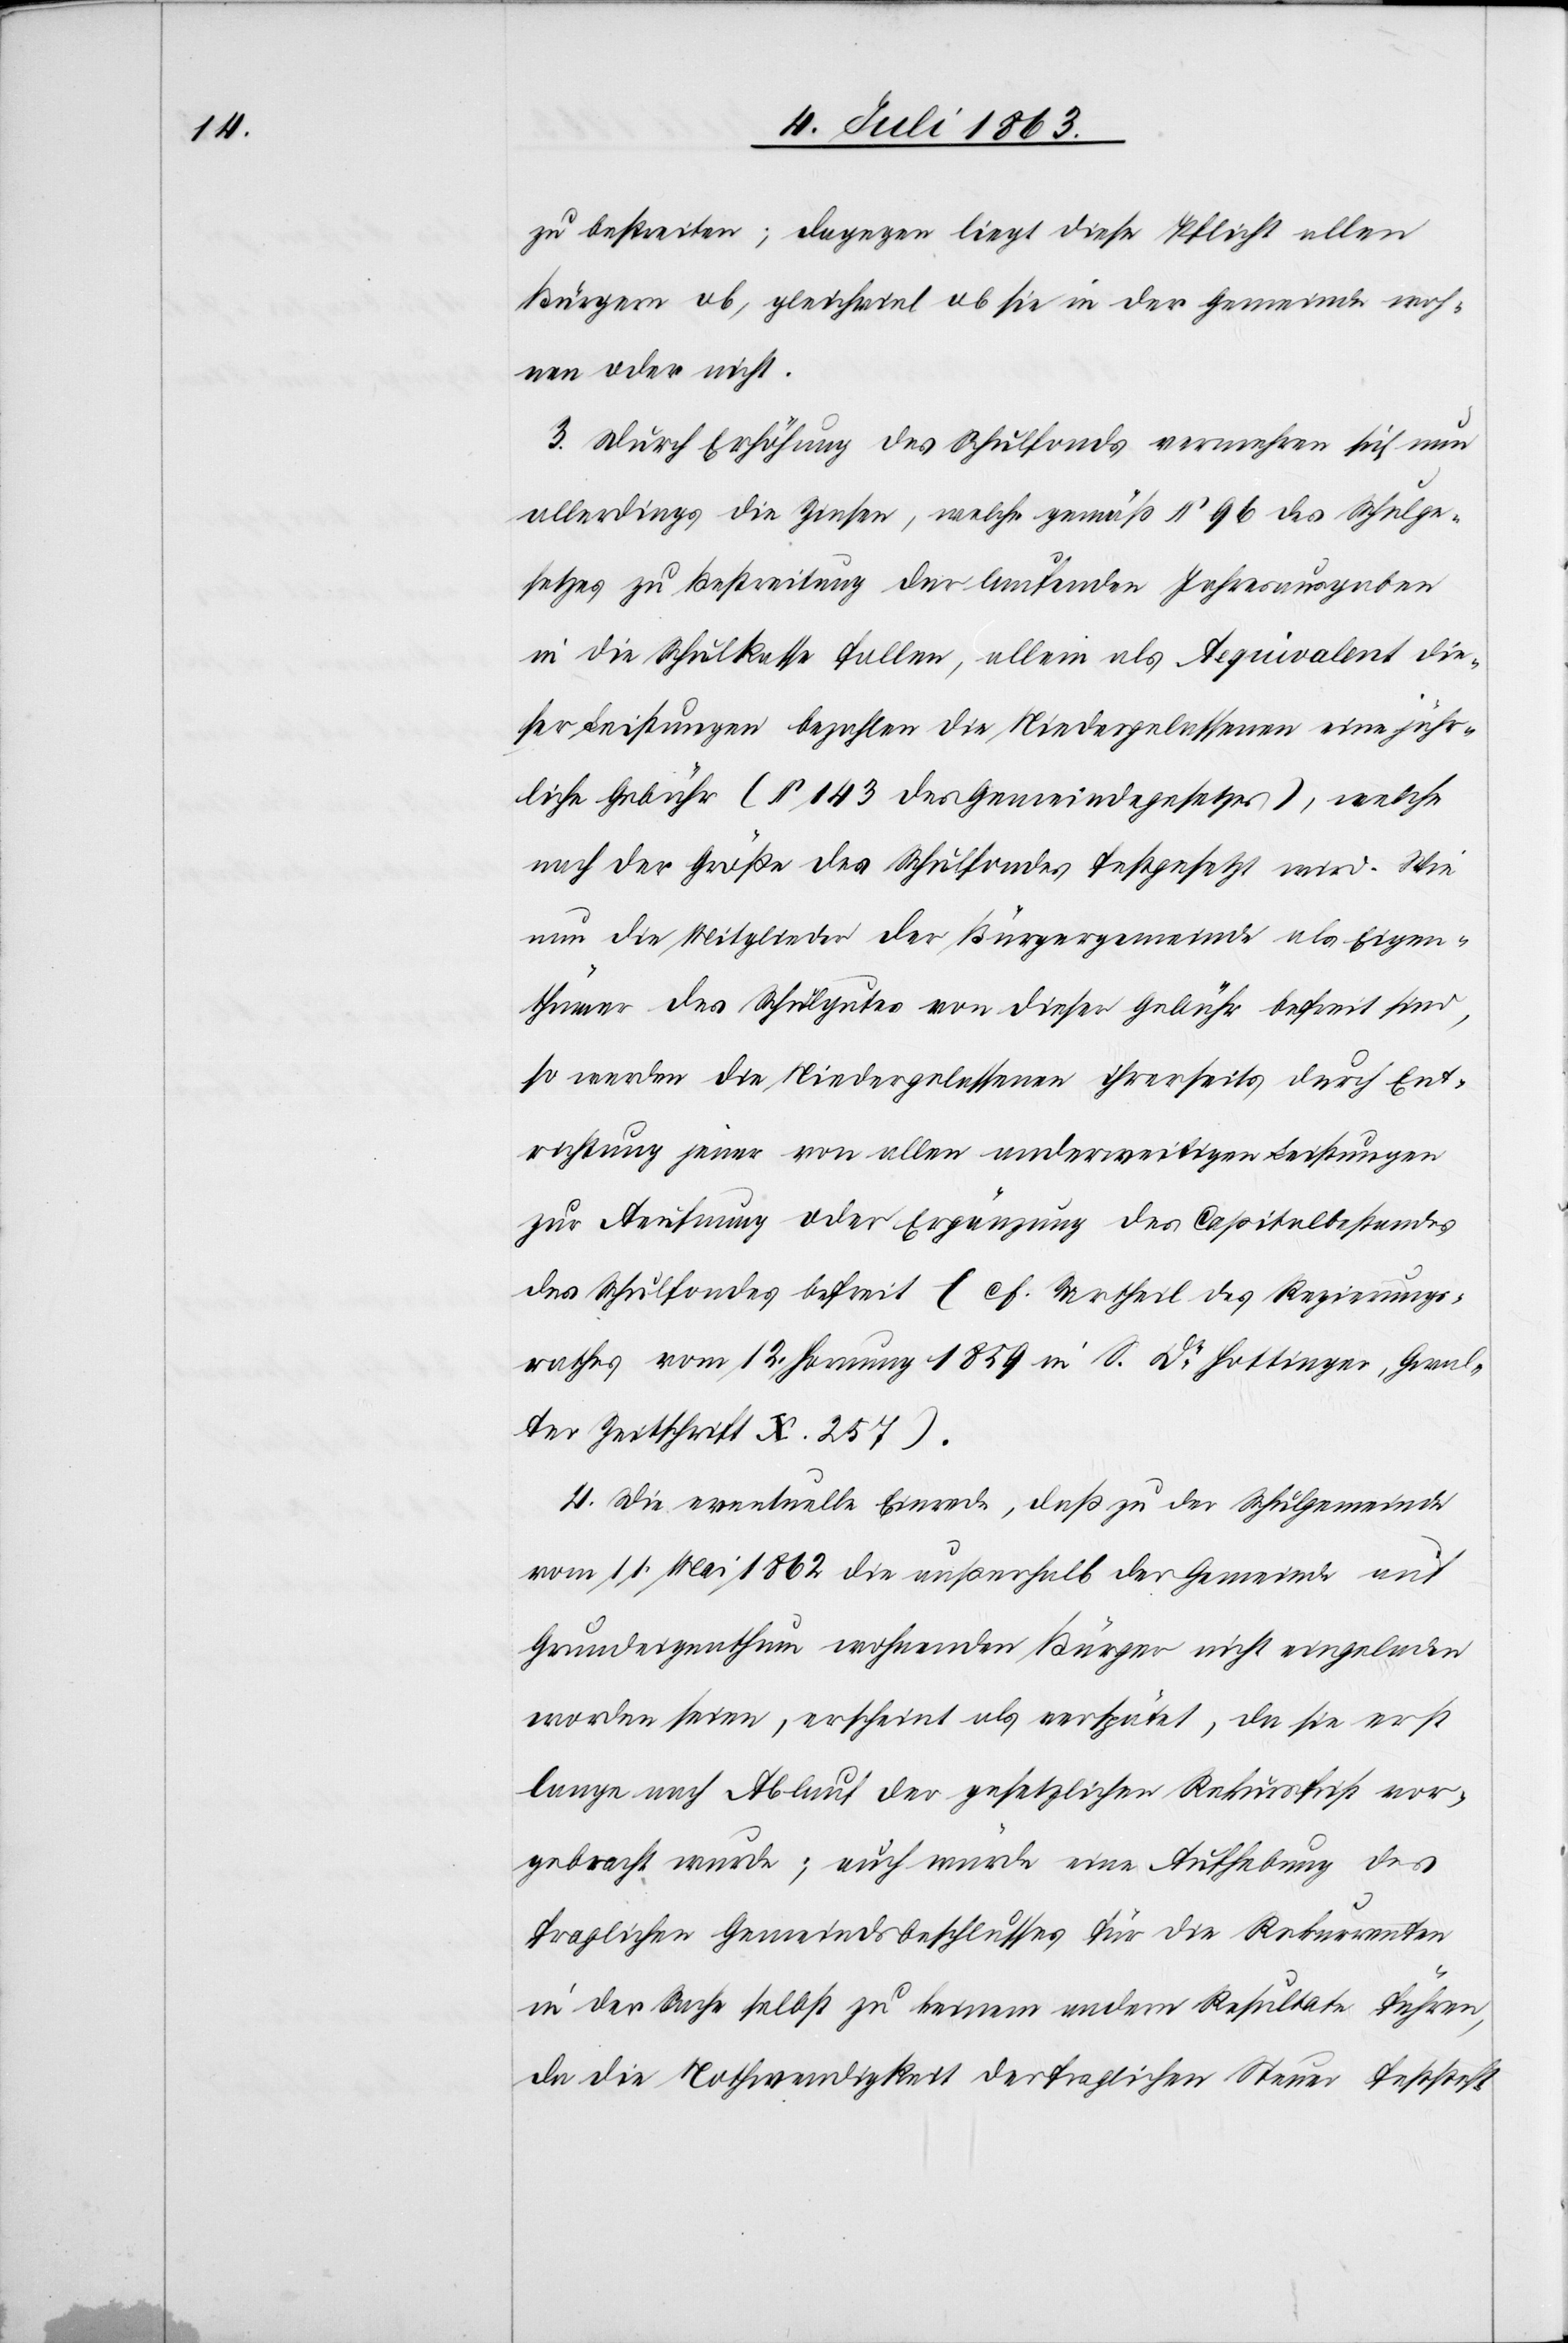
zu bestreiten; dagegen liegt diese Pflicht allen
Bürgern ob, gleichviel ob sie in der Gemeinde woh¬
nen oder nicht.
3. Durch Erhöhung des Schulfonds vermehren sich nun
allerdings die Zinsen, welche gemäß § 96 des Schulge¬
setzes zu Bestreitung der laufenden Jahresausgaben
in die Schulkasse fallen, allein als Aequivalent die¬
ser Leistungen bezahlen die Niedergelassenen eine jähr¬
liche Gebühr (§ 143 des Gemeindegesetzes), welche
nach der Größe des Schulfondes festgesetzt wird. Wie
nun die Mitglieder der Bürgergemeinde als Eigen¬
thümer des Schulgutes von dieser Gebühr befreit sind,
so werden die Niedergelassenen ihrerseits durch Ent¬
richtung jener von allen anderweitigen Leistungen
zur Aeufnung oder Ergänzung des Capitalbestandes
des Schulfondes befreit (cf. Urtheil des Regierungs¬
rathes vom 12. Hornung 1859 in S. Dr Hottinger, Gwal¬
ter Zeitschrift X. 257).
4. Die eventuelle Einrede, daß zu der Schulgemeinde
vom 11. Mai 1862 die außerhalb der Gemeinde auf
Grundeigenthum wohnenden Bürger nicht eingeladen
worden seien, erscheint als verspätet, da sie erst
lange nach Ablauf der gesetzlichen Rekursfrist vor¬
gebracht wurde; auch würde eine Aufhebung des
fraglichen Gemeindsbeschlusses für die Rekurrenten
in der Sache selbst zu keinem andern Resultate führen,
da die Nothwendigkeit der fraglichen Steuer feststeht